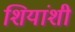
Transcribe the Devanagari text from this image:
शियांशी